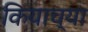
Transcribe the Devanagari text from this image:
कियाच्या